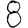
Digit: 8